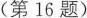
(第16题)